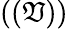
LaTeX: ((\mathfrak{V}))